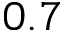
0 . 7